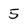
Character: 5